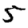
Digit: 5